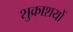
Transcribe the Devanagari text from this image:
शुक्राशयों